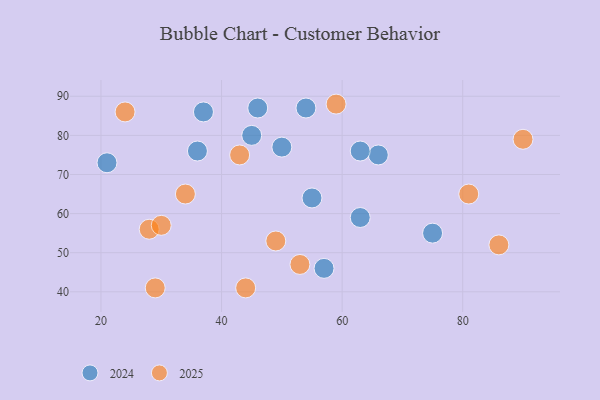
{"axis": {"x": "GDP", "y": "Life Expectancy"}, "legend": ["2024", "2025"], "data": [{"x": "57", "y": 46, "type": "2024"}, {"x": "46", "y": 87, "type": "2024"}, {"x": "54", "y": 87, "type": "2024"}, {"x": "45", "y": 80, "type": "2024"}, {"x": "75", "y": 55, "type": "2024"}, {"x": "55", "y": 64, "type": "2024"}, {"x": "21", "y": 73, "type": "2024"}, {"x": "66", "y": 75, "type": "2024"}, {"x": "63", "y": 59, "type": "2024"}, {"x": "36", "y": 76, "type": "2024"}, {"x": "63", "y": 76, "type": "2024"}, {"x": "50", "y": 77, "type": "2024"}, {"x": "37", "y": 86, "type": "2024"}, {"x": "49", "y": 53, "type": "2025"}, {"x": "90", "y": 79, "type": "2025"}, {"x": "24", "y": 86, "type": "2025"}, {"x": "44", "y": 41, "type": "2025"}, {"x": "34", "y": 65, "type": "2025"}, {"x": "86", "y": 52, "type": "2025"}, {"x": "28", "y": 56, "type": "2025"}, {"x": "81", "y": 65, "type": "2025"}, {"x": "30", "y": 57, "type": "2025"}, {"x": "29", "y": 41, "type": "2025"}, {"x": "43", "y": 75, "type": "2025"}, {"x": "53", "y": 47, "type": "2025"}, {"x": "59", "y": 88, "type": "2025"}]}